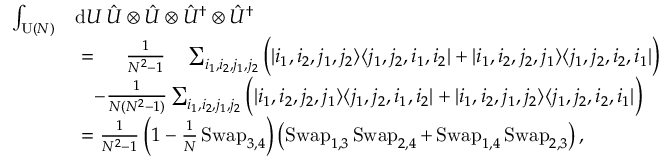
\begin{array} { r l } { \int _ { \operatorname { U } ( N ) } } & { \mathrm { d } U \, \hat { U } \otimes \hat { U } \otimes \hat { U } ^ { \dag } \otimes \hat { U } ^ { \dag } } \\ & { \ = \quad \ \frac { 1 } { N ^ { 2 } - 1 } \quad \sum _ { i _ { 1 } , i _ { 2 } , j _ { 1 } , j _ { 2 } } \Big ( | i _ { 1 } , i _ { 2 } , j _ { 1 } , j _ { 2 } \rangle \langle j _ { 1 } , j _ { 2 } , i _ { 1 } , i _ { 2 } | + | i _ { 1 } , i _ { 2 } , j _ { 2 } , j _ { 1 } \rangle \langle j _ { 1 } , j _ { 2 } , i _ { 2 } , i _ { 1 } | \Big ) } \\ & { \quad - \frac { 1 } { N ( N ^ { 2 } - 1 ) } \sum _ { i _ { 1 } , i _ { 2 } , j _ { 1 } , j _ { 2 } } \Big ( | i _ { 1 } , i _ { 2 } , j _ { 2 } , j _ { 1 } \rangle \langle j _ { 1 } , j _ { 2 } , i _ { 1 } , i _ { 2 } | + | i _ { 1 } , i _ { 2 } , j _ { 1 } , j _ { 2 } \rangle \langle j _ { 1 } , j _ { 2 } , i _ { 2 } , i _ { 1 } | \Big ) } \\ & { \ = \frac { 1 } { N ^ { 2 } - 1 } \left( 1 - \frac { 1 } { N } \operatorname { S w a p } _ { 3 , 4 } \right) \left( \operatorname { S w a p } _ { 1 , 3 } \operatorname { S w a p } _ { 2 , 4 } + \operatorname { S w a p } _ { 1 , 4 } \operatorname { S w a p } _ { 2 , 3 } \right) , } \end{array}